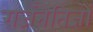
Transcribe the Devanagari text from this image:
राजनैतिज्ञों